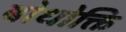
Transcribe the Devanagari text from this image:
बोधोक्ति